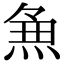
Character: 𭵈